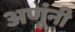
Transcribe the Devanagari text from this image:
अणूंनी